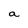
Character: a